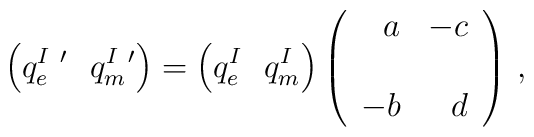
\left(q_{e}^{I\ \prime}\,\,\,\,q_{m}^{I\ \prime} \right)= \left(q_{e}^{I}\,\,\,\,q_{m}^{I} \right)\left(\begin{array}{rr}a & -c \\& \\-b & d \\\end{array}\right)  \, ,